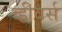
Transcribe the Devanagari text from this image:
व्हीवर्स